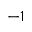
^ { - 1 }